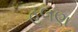
હલણ